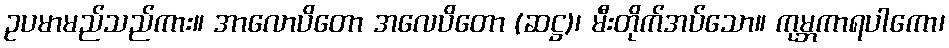
ဥပမာမည်သည်ကား။ အာလောပိတော အလေပိတော (ဆဋ္ဌ)၊ မီးတိုက်အပ်သော။ ကုမ္ဘကာရပါကော၊